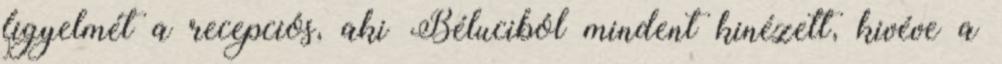
figyelmét a recepciós, aki Béluciból mindent kinézett, kivéve a